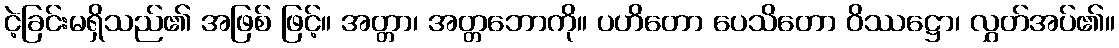
ငဲ့ခြင်းမရှိသည်၏ အဖြစ် ဖြင့်။ အတ္တာ၊ အတ္တဘောကို။ ပဟိတော ပေသိတော ဝိဿဋ္ဌော၊ လွှတ်အပ်၏။